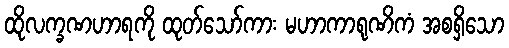
ထိုလက္ခဏဟာရကို ထုတ်သော်ကား မဟာကာရုဏိကံ အစရှိသော